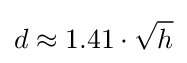
d\approx 1.41\cdot {\sqrt {h}}